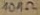
Text: 10MΩ